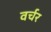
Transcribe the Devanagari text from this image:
वर्चर